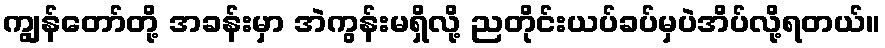
ကျွန်တော်တို့ အခန်းမှာ အဲကွန်းမရှိလို့ ညတိုင်းယပ်ခပ်မှပဲအိပ်လို့ရတယ်။